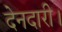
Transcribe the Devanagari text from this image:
देनदारी।